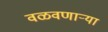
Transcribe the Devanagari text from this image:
वळवणाऱ्या